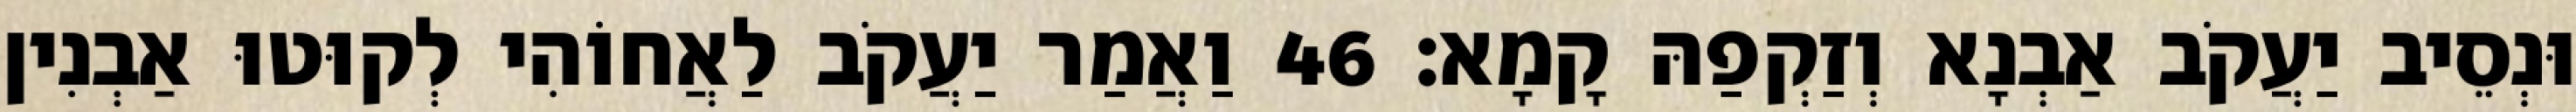
וּנְסֵיב יַעֲקֹב אַבְנָא וְזַקְפַהּ קָמָא׃ 46 וַאֲמַר יַעֲקֹב לַאֲחוֹהִי לְקוּטוּ אַבְנִין